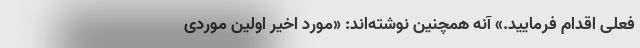
فعلی اقدام فرمایید.» آنه همچنین نوشته‌اند: «مورد اخیر اولین موردی